Annual report of the Punjab Veterinary College and of the Civil Veterinary Department, Punjab - 1920-1925
Year: 1920
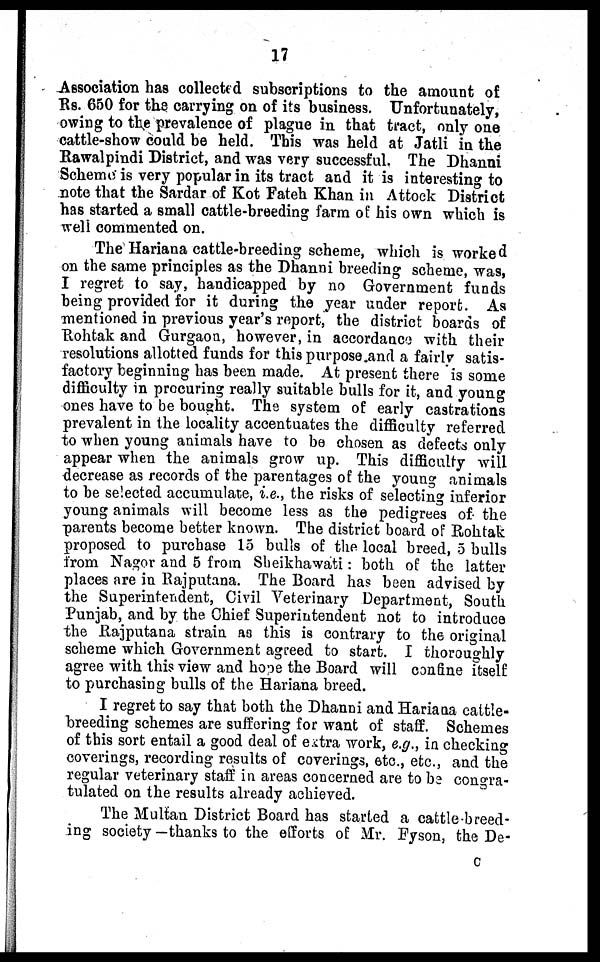
17
Association has collected subscriptions to the amount of
Rs. 650 for the carrying on of its business. Unfortunately,
owing to the prevalence of plague in that tract, only one
cattle-show could be held. This was held at Jatli in the
Rawalpindi District, and was very successful. The Dhanni
Scheme 'is very popular in its tract and it is interesting to
note that the Sardar of Kot Fateh Khan in Attock District
has started a small cattle-breeding farm of his own which is
weli commented on.
The Hariana cattle-breeding scheme, which is worked
on the same principles as the Dhanni breeding scheme, was,
I regret to say, handicapped by no Government funds
being provided for it during the year under report. As
mentioned in previous year's report, the district boards of
Rohtak and Gurgaon, however, in accordance with their
resolutions allotted funds for this purpose and a fairly satis-
factory beginning has been made. At present there is some
difficulty in procuring really suitable bulls for it, and young
ones have to be bought. The system of early castrations
prevalent in the locality accentuates the difficulty referred
to when young animals have to be chosen as defects only
appear when the animals grow up. This difficulty will
decrease as records of the parentages of the young animals
to be selected accumulate, i.e., the risks of selecting inferior
young animals will become less as the pedigrees of the
parents become better known. The district board of Rohtak
proposed to purchase 15 bulls of the local breed, 5 bulls
from Nagor and 5 from Sheikhawati: both of the latter
places are in Rajputana. The Board has been advised by
the Superintendent, Civil Veterinary Department, South
Punjab, and by the Chief Superintendent not to introduce
the Rajputana strain as this is contrary to the original
scheme which Government agreed to start. I thoroughly
agree with this view and hope the Board will confine itself
to purchasing bulls of the Hariana breed.
I regret to say that both the Dhanni and Hariana cattle-
breeding schemes are suffering for want of staff. Schemes
of this sort entail a good deal of extra work, e.g., in checking
coverings, recording results of coverings, etc., etc., and the
regular veterinary staff in areas concerned are to be congra-
tulated on the results already achieved.
The Multan District Board has started a cattle-breed-
ing society —thanks to the efforts of Mr. Fyson, the De-
C